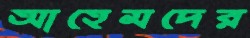
আহেমদের